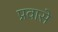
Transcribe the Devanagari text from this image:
प्रवासे